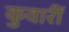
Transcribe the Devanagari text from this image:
कुवारीं